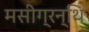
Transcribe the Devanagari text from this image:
मसीग्रन्थि